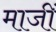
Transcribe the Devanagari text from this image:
माजीं